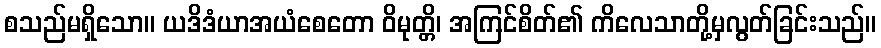
စသည်မရှိသော။ ယဒိဒံယာအယံစေတော ဝိမုတ္တိ၊ အကြင်စိတ်၏ ကိလေသာတို့မှလွတ်ခြင်းသည်။